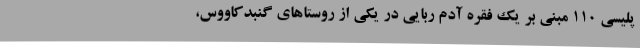
پلیسی ۱۱۰ مبنی بر یک فقره آدم ربایی در یکی از روستاهای گنبدکاووس،